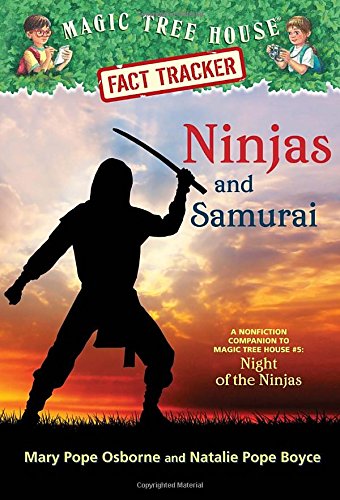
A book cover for Magic Tree House Fact Tracker #30: Ninjas and Samurai: A Nonfiction Companion to Magic Tree House #5: Night of the Ninjas (A Stepping Stone Book(TM)); Mary Pope Osborne; Children's Books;